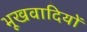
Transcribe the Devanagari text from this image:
भूखवादियों